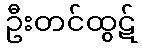
ဦးတင်ထွဋ်